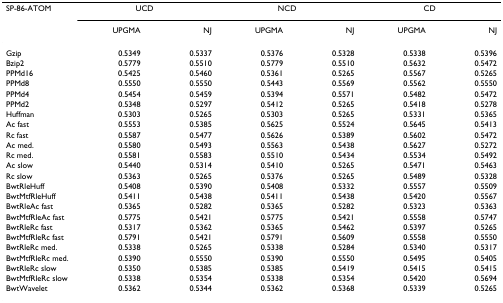
<table><thead><tr><td><b>SP-86-ATOM</b></td><td colspan="2"><b>UCD</b></td><td colspan="2"><b>NCD</b></td><td colspan="2"><b>CD</b></td></tr><tr><td></td><td><b>UPGMA</b></td><td><b>NJ</b></td><td><b>UPGMA</b></td><td><b>NJ</b></td><td><b>UPGMA</b></td><td><b>NJ</b></td></tr></thead><tbody><tr><td>Gzip</td><td>0.5349</td><td>0.5337</td><td>0.5376</td><td>0.5328</td><td>0.5338</td><td>0.5396</td></tr><tr><td>Bzip2</td><td>0.5779</td><td>0.5510</td><td>0.5779</td><td>0.5510</td><td>0.5632</td><td>0.5472</td></tr><tr><td>PPMd16</td><td>0.5425</td><td>0.5460</td><td>0.5361</td><td>0.5265</td><td>0.5567</td><td>0.5265</td></tr><tr><td>PPMd8</td><td>0.5550</td><td>0.5550</td><td>0.5443</td><td>0.5569</td><td>0.5562</td><td>0.5550</td></tr><tr><td>PPMd4</td><td>0.5454</td><td>0.5459</td><td>0.5394</td><td>0.5571</td><td>0.5482</td><td>0.5472</td></tr><tr><td>PPMd2</td><td>0.5348</td><td>0.5297</td><td>0.5412</td><td>0.5265</td><td>0.5418</td><td>0.5278</td></tr><tr><td>Huffman</td><td>0.5303</td><td>0.5265</td><td>0.5303</td><td>0.5265</td><td>0.5331</td><td>0.5365</td></tr><tr><td>Ac fast</td><td>0.5553</td><td>0.5385</td><td>0.5625</td><td>0.5524</td><td>0.5645</td><td>0.5413</td></tr><tr><td>Rc fast</td><td>0.5587</td><td>0.5477</td><td>0.5626</td><td>0.5389</td><td>0.5602</td><td>0.5472</td></tr><tr><td>Ac med.</td><td>0.5580</td><td>0.5493</td><td>0.5563</td><td>0.5438</td><td>0.5627</td><td>0.5272</td></tr><tr><td>Rc med.</td><td>0.5581</td><td>0.5583</td><td>0.5510</td><td>0.5434</td><td>0.5534</td><td>0.5492</td></tr><tr><td>Ac slow</td><td>0.5440</td><td>0.5314</td><td>0.5410</td><td>0.5265</td><td>0.5471</td><td>0.5463</td></tr><tr><td>Rc slow</td><td>0.5363</td><td>0.5265</td><td>0.5376</td><td>0.5265</td><td>0.5489</td><td>0.5328</td></tr><tr><td>BwtRleHuff</td><td>0.5408</td><td>0.5390</td><td>0.5408</td><td>0.5332</td><td>0.5557</td><td>0.5509</td></tr><tr><td>BwtMtfRleHuff</td><td>0.5411</td><td>0.5438</td><td>0.5411</td><td>0.5438</td><td>0.5420</td><td>0.5567</td></tr><tr><td>BwtRleAc fast</td><td>0.5365</td><td>0.5282</td><td>0.5365</td><td>0.5282</td><td>0.5323</td><td>0.5363</td></tr><tr><td>BwtMtfRleAc fast</td><td>0.5775</td><td>0.5421</td><td>0.5775</td><td>0.5421</td><td>0.5558</td><td>0.5747</td></tr><tr><td>BwtRleRc fast</td><td>0.5317</td><td>0.5362</td><td>0.5365</td><td>0.5462</td><td>0.5397</td><td>0.5265</td></tr><tr><td>BwtMtfRleRc fast</td><td>0.5791</td><td>0.5421</td><td>0.5791</td><td>0.5609</td><td>0.5558</td><td>0.5550</td></tr><tr><td>BwtRleRc med.</td><td>0.5338</td><td>0.5265</td><td>0.5338</td><td>0.5284</td><td>0.5340</td><td>0.5317</td></tr><tr><td>BwtMtfRleRc med.</td><td>0.5390</td><td>0.5550</td><td>0.5390</td><td>0.5550</td><td>0.5495</td><td>0.5405</td></tr><tr><td>BwtRleRc slow</td><td>0.5350</td><td>0.5385</td><td>0.5385</td><td>0.5419</td><td>0.5415</td><td>0.5415</td></tr><tr><td>BwtMtfRleRc slow</td><td>0.5338</td><td>0.5354</td><td>0.5338</td><td>0.5354</td><td>0.5420</td><td>0.5694</td></tr><tr><td>BwtWavelet</td><td>0.5362</td><td>0.5344</td><td>0.5362</td><td>0.5368</td><td>0.5339</td><td>0.5265</td></tr></tbody></table>